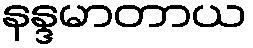
နန္ဒမာတာယ